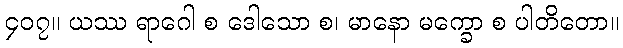
၄၀၇။ ယဿ ရာဂေါ စ ဒေါသော စ၊ မာနော မက္ခော စ ပါတိတော။